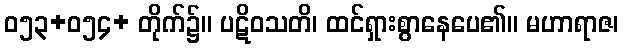
ဝ၅၃+ဝ၅၄+ တိုက်၌။ ပဋိဝသတိ၊ ထင်ရှားစွာနေပေ၏။ မဟာရာဇ၊